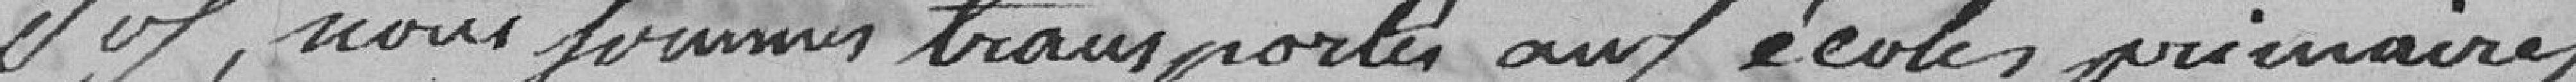
Six, nous Sommes transportés aux écoles primaires